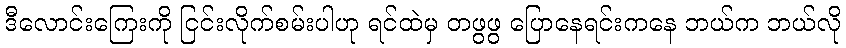
ဒီလောင်းကြေးကို ငြင်းလိုက်စမ်းပါဟု ရင်ထဲမှ တဖွဖွ ပြောနေရင်းကနေ ဘယ်က ဘယ်လို